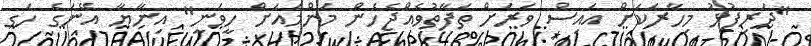
"ދަރިފުޅު މިހާރަކަށް އައިސް ވަރަށް ތަފާތުވެއްޖެހެން މަންމައަށް ހީވަނީ" އިނާޔާ އޭނަގެ ހަގ